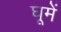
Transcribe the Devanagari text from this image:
घूमें